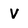
Character: V